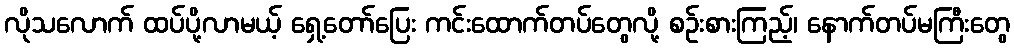
လိုသလောက် ထပ်ပို့လာမယ့် ရှေ့တော်ပြေး ကင်းထောက်တပ်တွေလို့ စဉ်းစားကြည့်၊ နောက်တပ်မကြီးတွေ